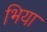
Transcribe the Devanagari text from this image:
भिया